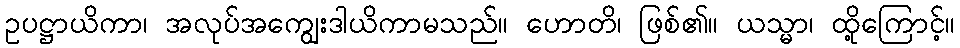
ဥပဋ္ဌာယိကာ၊ အလုပ်အကျွေးဒါယိကာမသည်။ ဟောတိ၊ ဖြစ်၏။ ယသ္မာ၊ ထို့ကြောင့်။